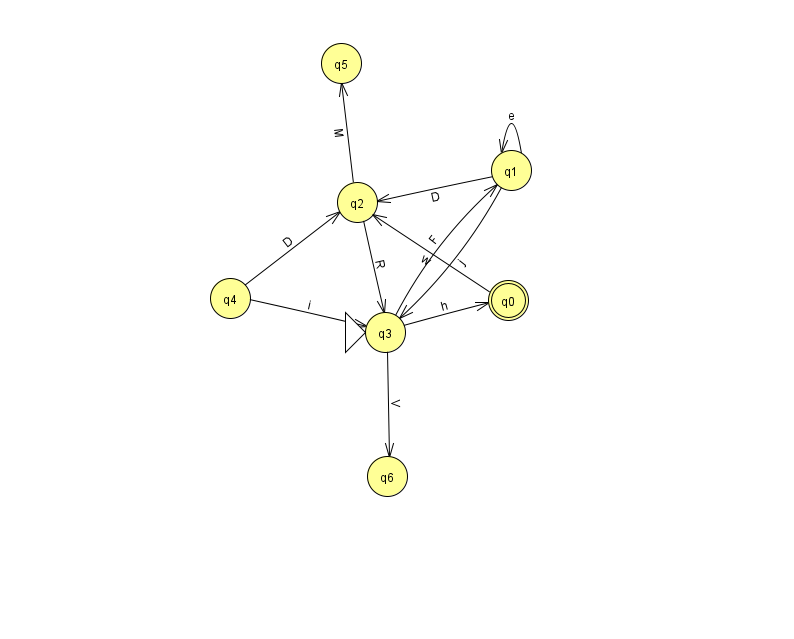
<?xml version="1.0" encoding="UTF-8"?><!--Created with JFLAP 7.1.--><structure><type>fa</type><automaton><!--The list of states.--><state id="0" name="q0"><x>508.0</x><y>287.0</y><final/></state><state id="1" name="q1"><x>511.0</x><y>157.0</y></state><state id="2" name="q2"><x>357.0</x><y>189.0</y></state><state id="3" name="q3"><x>385.0</x><y>319.0</y><initial/></state><state id="4" name="q4"><x>230.0</x><y>285.0</y></state><state id="5" name="q5"><x>341.0</x><y>50.0</y></state><state id="6" name="q6"><x>387.0</x><y>463.0</y></state><!--The list of transitions.--><transition><from>1</from><to>2</to><read>D</read></transition><transition><from>2</from><to>5</to><read>M</read></transition><transition><from>1</from><to>3</to><read>j</read></transition><transition><from>3</from><to>0</to><read>h</read></transition><transition><from>1</from><to>1</to><read>e</read></transition><transition><from>0</from><to>2</to><read>w</read></transition><transition><from>3</from><to>6</to><read>V</read></transition><transition><from>4</from><to>2</to><read>D</read></transition><transition><from>4</from><to>3</to><read>i</read></transition><transition><from>2</from><to>3</to><read>R</read></transition><transition><from>3</from><to>1</to><read>F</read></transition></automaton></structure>